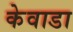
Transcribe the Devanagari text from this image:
केवाडा